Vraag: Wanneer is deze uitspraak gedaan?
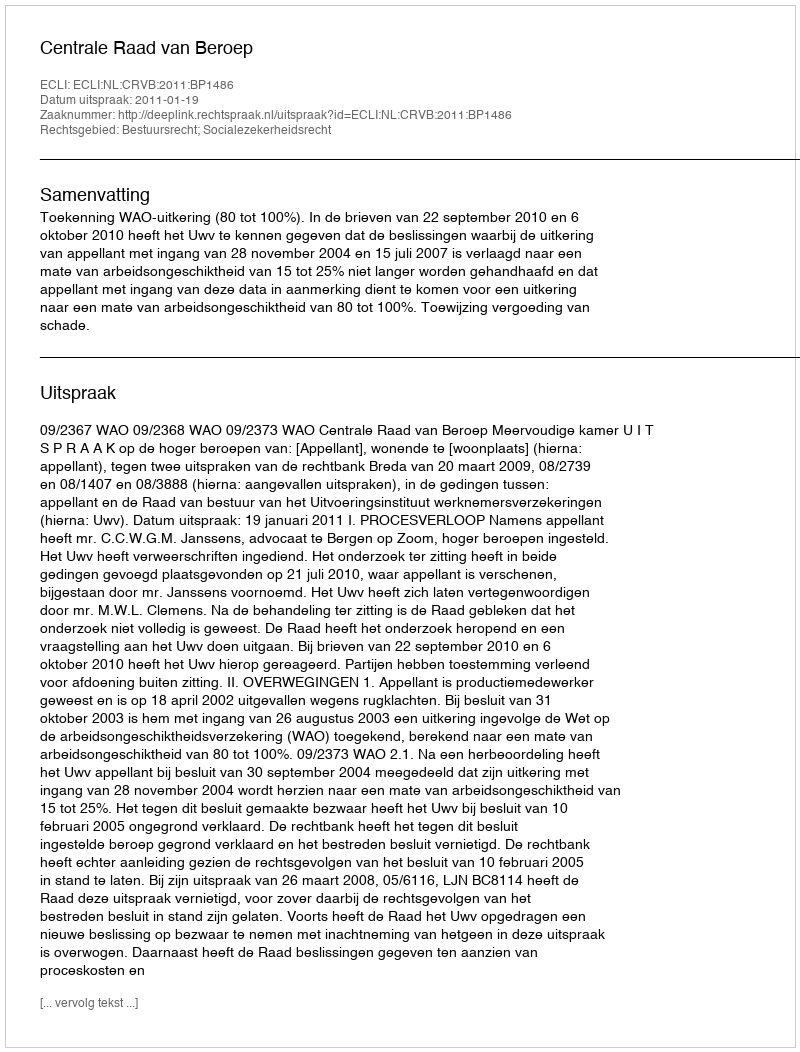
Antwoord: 2011-01-19